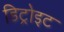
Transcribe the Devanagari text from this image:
डिट्रोइट